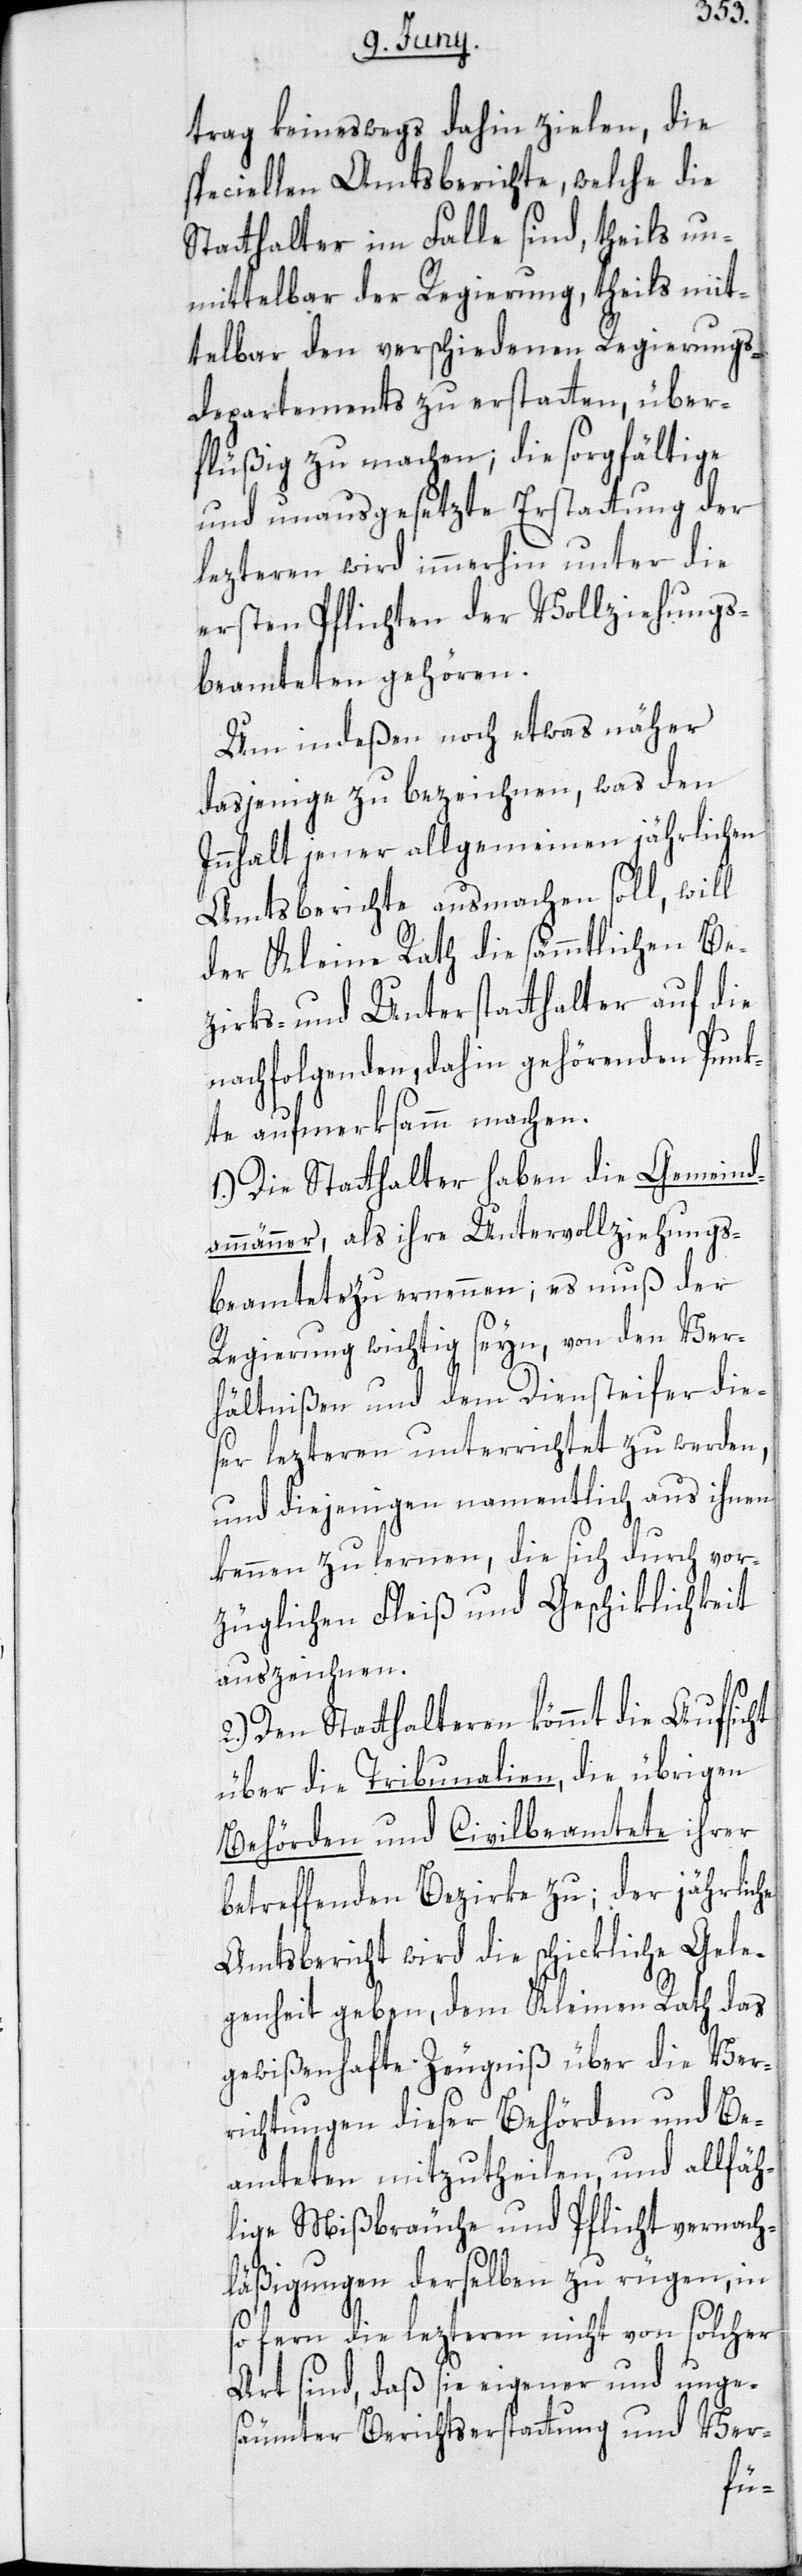
trag keineswegs dahin zielen, die
speciellen Amtsberichte, welche die
Statthalter im Falle sind, theils un¬
mittelbar der Regierung, theils mit¬
telbar den verschiedenen Regierungs¬
departements zu erstatten, über¬
flüßig zu machen; die sorgfältige
und unausgesetzte Erstattung der
lezteren wird immerhin unter die
ersten Pflichten der Vollziehungs¬
beamteten gehören.
Um indeßen noch etwas näher
dasjenige zu bezeichnen, was den
Innhalt jener allgemeinen jährlichen
Amtsberichte ausmachen soll, will
der Kleine Rath die sämmtlichen Be¬
zirks- und Unterstatthalter auf die
nachfolgenden, dahin gehörenden Punk¬
te aufmerksamm machen.
1.) Die Statthalter haben die Gemeind¬
ammänner, als ihre Untervollziehungs¬
beamtete zu ernennen; es muß der
Regierung wichtig seyn, von den Ver¬
hältnißen und dem Diensteifer dies¬
er lezteren unterrichtet zu werden,
und diejenigen namentlich aus ihnen
kennen zu lernen, die sich durch vor¬
züglichen Fleiß und Geschiklichkeit
auszeichnen.
2.) Den Statthalteren kömmt die Aufsicht
über die Tribunalien, die übrigen
Behörden und Civilbeamtete ihrer
betreffenden Bezirke zu; der jährliche
Amtsbericht wird die schickliche Gele¬
genheit geben, dem Kleinen Rath das
gewißenhafte Zeugniß über die Ver¬
richtungen dieser Behörden und Be¬
amteten mitzutheilen, und allfäh¬
lige Mißbräuche und Pflichtvernach¬
läßigungen derselben zu rügen, in
so fern die lezteren nicht von solcher
Art sind, daß sie eigener und unges¬
äumter Berichtserstattung und Ver-